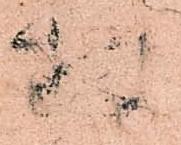
数